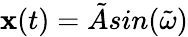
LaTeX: \mathbf{x}(t)=\tilde{{A}}sin(\tilde{{\omega}})